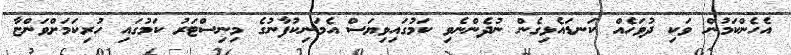
އެހެންކަމުން ވަކި ދުވަހެއް ކަނޑައެޅިގެން ނުދެންނެވި ކަމުގައިވިޔަސް އެމަނިކުފާނުގެ މިނިސްޓަރު ކަމުގައި ހުރިކަމަށްވަންޏާ